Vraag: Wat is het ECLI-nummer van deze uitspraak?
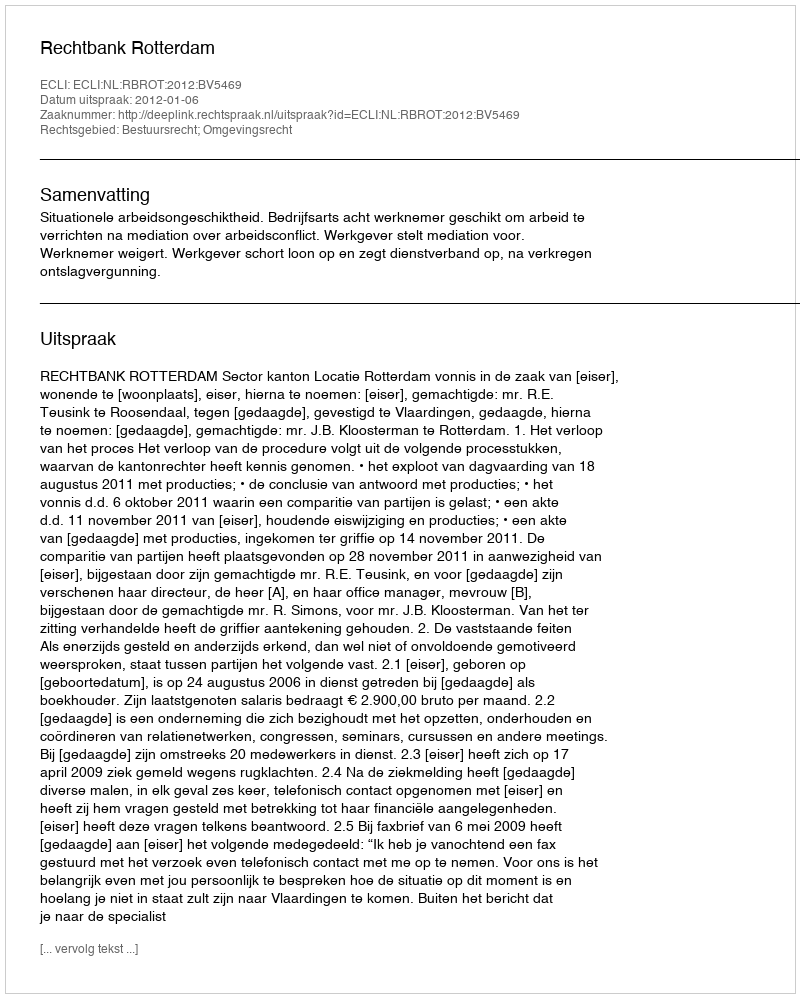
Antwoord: ECLI:NL:RBROT:2012:BV5469